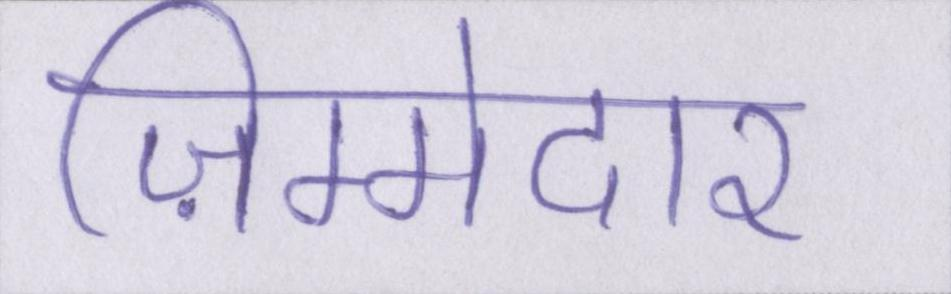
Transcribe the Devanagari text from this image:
ज़िम्मेदार